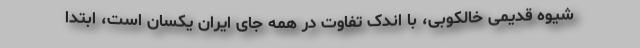
شیوه قدیمی خالکوبی، با اندک تفاوت در همه جای ایران یکسان است، ابتدا